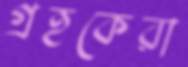
গ্রহকেরা